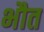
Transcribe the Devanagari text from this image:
भौत